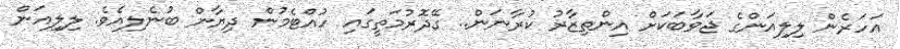
އަހަރެން ލިލިއަންގެ ޖަވާބަކަށް އިންތިޒާރު ކުރާނަން.. ގޭދޮރުމަތީގައި ހުއްޓެމުން ދިޔާން ބުނެލިއެވެ. ލިލިއަން